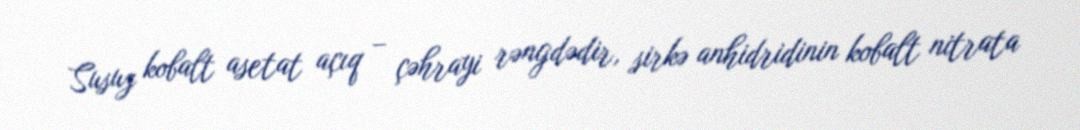
Susuz kobalt asetat açıq – çəhrayi rəngdədir, sirkə anhidridinin kobalt nitrata